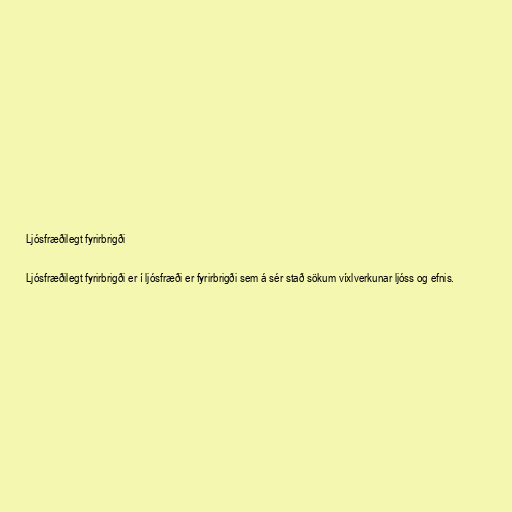
Ljósfræðilegt fyrirbrigði

Ljósfræðilegt fyrirbrigði er í ljósfræði er fyrirbrigði sem á sér stað sökum víxlverkunar ljóss og efnis.